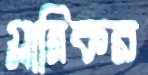
গ্লানিকর